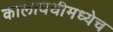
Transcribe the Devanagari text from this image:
कालावधीमध्येच